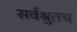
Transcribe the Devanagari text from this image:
सर्वश्रुतच